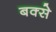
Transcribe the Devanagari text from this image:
बक्‍से